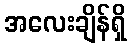
အလေးချိန်ရှိ